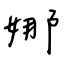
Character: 娜